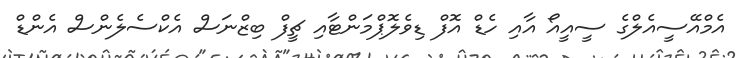
އެމްއޭސީއެލްގެ ސީއީއޯ އާއި ހެޑް އޮފް ޑިވެލޮޕްމަންޓާއި ޗީފް ބިޒްނަސް އެކްސެލެންސް އެންޑް